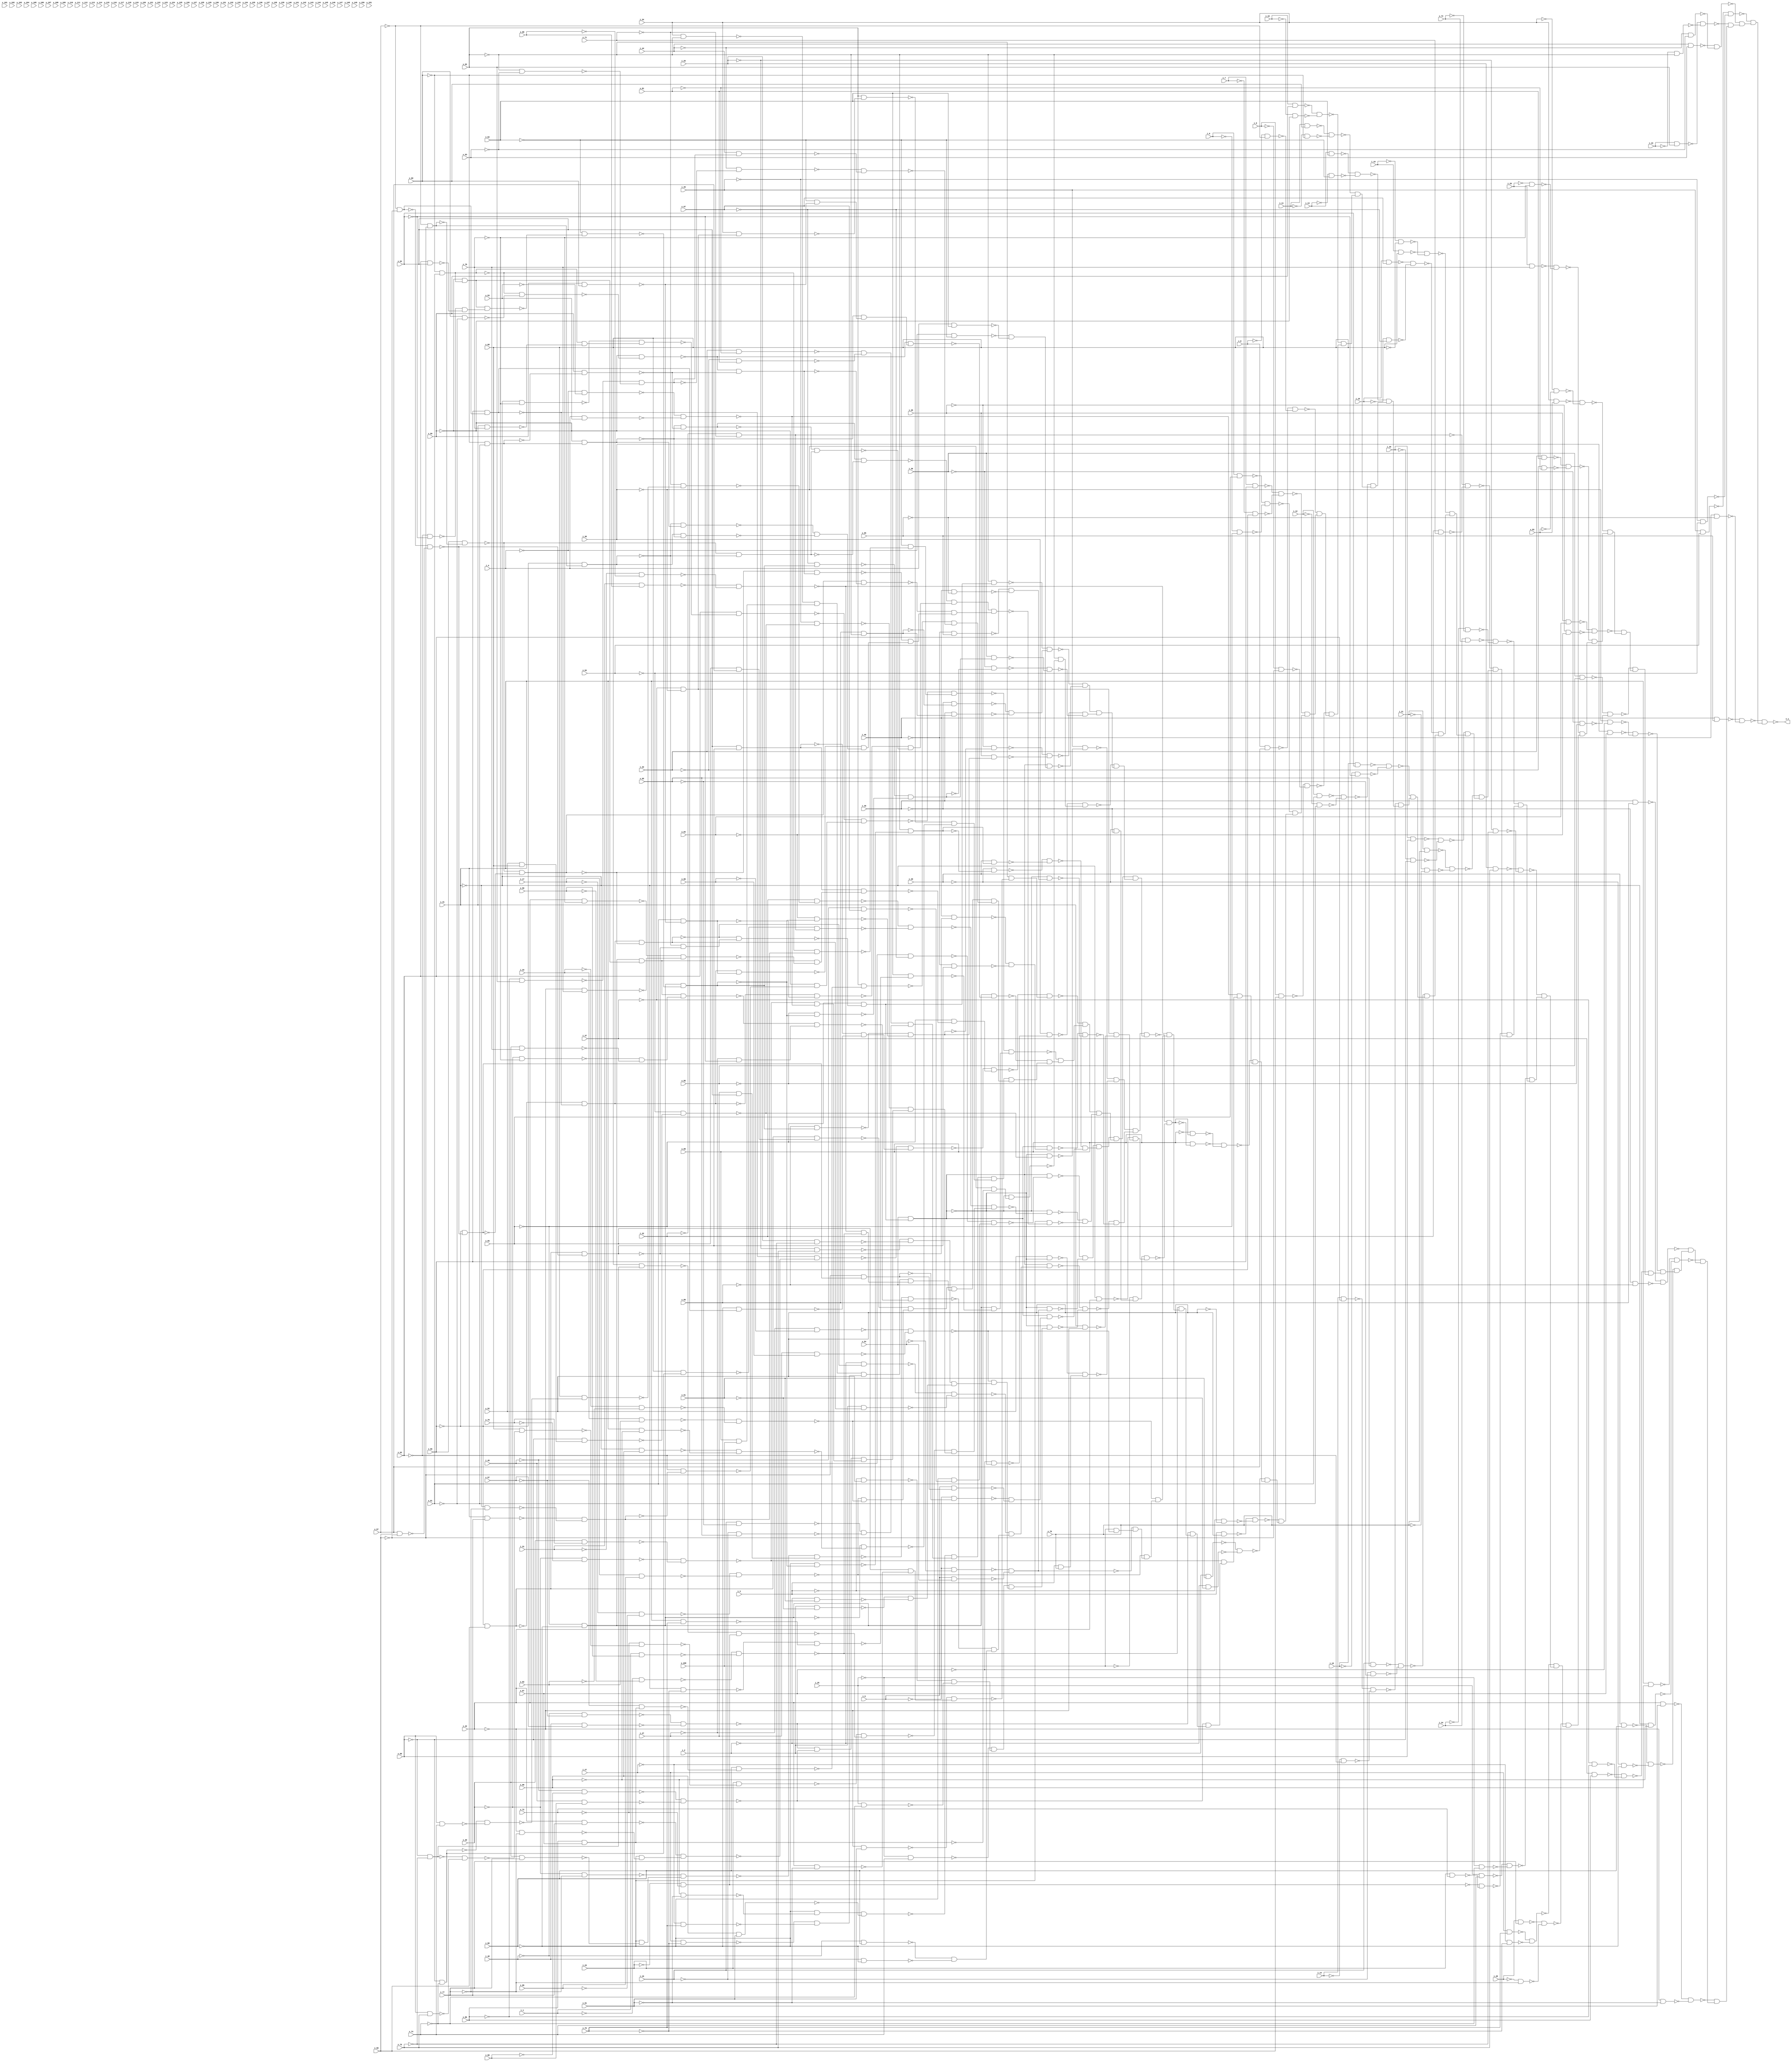
// Verilog file written by procedure writeCombinationalCircuitInVerilog
//Skolem functions to be generated for i_ variables
module kenoopp1_all_bit_differing_from_cycle ( i_1, i_2, i_3, i_4, i_5, i_6, i_7, i_8, i_9, i_10, i_11, i_12, i_13, i_14, i_15, i_16, i_17, i_18, i_19, i_20, i_21, i_22, i_23, i_24, i_25, i_26, i_27, i_28, i_29, i_30, i_31, i_32, i_33, i_34, i_35, i_36, i_37, i_38, i_39, i_40, i_41, i_42, i_43, i_44, i_45, i_46, i_47, i_48, i_49, x_50, x_51, x_52, x_53, x_54, x_55, x_56, x_57, x_58, x_59, x_60, x_61, x_62, x_63, x_64, x_65, x_66, x_67, x_68, x_69, x_70, x_71, x_72, x_73, x_74, x_75, x_76, x_77, x_78, x_79, x_80, x_81, x_82, x_83, x_84, x_85, x_86, x_87, x_88, x_89, x_90, x_91, x_92, x_93, x_94, x_95, x_96, x_97, x_98, x_99, x_100, x_101, x_102, x_103, x_104, x_105, x_106, x_107, x_108, x_109, x_110, x_111, x_112, x_113, x_114, x_115, x_116, x_117, x_118, x_119, x_120, x_121, x_122, x_123, x_124, x_125, x_126, x_127, x_128, x_129, x_130, x_131, x_132, x_133, x_134, x_135, x_136, x_137, x_138, x_139, x_140, x_141, x_142, x_143, x_144, x_145, x_146, x_147, x_148, x_149, x_150, x_151, o_1 );
input i_1;
input i_2;
input i_3;
input i_4;
input i_5;
input i_6;
input i_7;
input i_8;
input i_9;
input i_10;
input i_11;
input i_12;
input i_13;
input i_14;
input i_15;
input i_16;
input i_17;
input i_18;
input i_19;
input i_20;
input i_21;
input i_22;
input i_23;
input i_24;
input i_25;
input i_26;
input i_27;
input i_28;
input i_29;
input i_30;
input i_31;
input i_32;
input i_33;
input i_34;
input i_35;
input i_36;
input i_37;
input i_38;
input i_39;
input i_40;
input i_41;
input i_42;
input i_43;
input i_44;
input i_45;
input i_46;
input i_47;
input i_48;
input i_49;
input x_50;
input x_51;
input x_52;
input x_53;
input x_54;
input x_55;
input x_56;
input x_57;
input x_58;
input x_59;
input x_60;
input x_61;
input x_62;
input x_63;
input x_64;
input x_65;
input x_66;
input x_67;
input x_68;
input x_69;
input x_70;
input x_71;
input x_72;
input x_73;
input x_74;
input x_75;
input x_76;
input x_77;
input x_78;
input x_79;
input x_80;
input x_81;
input x_82;
input x_83;
input x_84;
input x_85;
input x_86;
input x_87;
input x_88;
input x_89;
input x_90;
input x_91;
input x_92;
input x_93;
input x_94;
input x_95;
input x_96;
input x_97;
input x_98;
input x_99;
input x_100;
input x_101;
input x_102;
input x_103;
input x_104;
input x_105;
input x_106;
input x_107;
input x_108;
input x_109;
input x_110;
input x_111;
input x_112;
input x_113;
input x_114;
input x_115;
input x_116;
input x_117;
input x_118;
input x_119;
input x_120;
input x_121;
input x_122;
input x_123;
input x_124;
input x_125;
input x_126;
input x_127;
input x_128;
input x_129;
input x_130;
input x_131;
input x_132;
input x_133;
input x_134;
input x_135;
input x_136;
input x_137;
input x_138;
input x_139;
input x_140;
input x_141;
input x_142;
input x_143;
input x_144;
input x_145;
input x_146;
input x_147;
input x_148;
input x_149;
input x_150;
input x_151;
output o_1;
wire n_1;
wire n_2;
wire n_3;
wire n_4;
wire n_5;
wire n_6;
wire n_7;
wire n_8;
wire n_9;
wire n_10;
wire n_11;
wire n_12;
wire n_13;
wire n_14;
wire n_15;
wire n_16;
wire n_17;
wire n_18;
wire n_19;
wire n_20;
wire n_21;
wire n_22;
wire n_23;
wire n_24;
wire n_25;
wire n_26;
wire n_27;
wire n_28;
wire n_29;
wire n_30;
wire n_31;
wire n_32;
wire n_33;
wire n_34;
wire n_35;
wire n_36;
wire n_37;
wire n_38;
wire n_39;
wire n_40;
wire n_41;
wire n_42;
wire n_43;
wire n_44;
wire n_45;
wire n_46;
wire n_47;
wire n_48;
wire n_49;
wire n_50;
wire n_51;
wire n_52;
wire n_53;
wire n_54;
wire n_55;
wire n_56;
wire n_57;
wire n_58;
wire n_59;
wire n_60;
wire n_61;
wire n_62;
wire n_63;
wire n_64;
wire n_65;
wire n_66;
wire n_67;
wire n_68;
wire n_69;
wire n_70;
wire n_71;
wire n_72;
wire n_73;
wire n_74;
wire n_75;
wire n_76;
wire n_77;
wire n_78;
wire n_79;
wire n_80;
wire n_81;
wire n_82;
wire n_83;
wire n_84;
wire n_85;
wire n_86;
wire n_87;
wire n_88;
wire n_89;
wire n_90;
wire n_91;
wire n_92;
wire n_93;
wire n_94;
wire n_95;
wire n_96;
wire n_97;
wire n_98;
wire n_99;
wire n_100;
wire n_101;
wire n_102;
wire n_103;
wire n_104;
wire n_105;
wire n_106;
wire n_107;
wire n_108;
wire n_109;
wire n_110;
wire n_111;
wire n_112;
wire n_113;
wire n_114;
wire n_115;
wire n_116;
wire n_117;
wire n_118;
wire n_119;
wire n_120;
wire n_121;
wire n_122;
wire n_123;
wire n_124;
wire n_125;
wire n_126;
wire n_127;
wire n_128;
wire n_129;
wire n_130;
wire n_131;
wire n_132;
wire n_133;
wire n_134;
wire n_135;
wire n_136;
wire n_137;
wire n_138;
wire n_139;
wire n_140;
wire n_141;
wire n_142;
wire n_143;
wire n_144;
wire n_145;
wire n_146;
wire n_147;
wire n_148;
wire n_149;
wire n_150;
wire n_151;
wire n_152;
wire n_153;
wire n_154;
wire n_155;
wire n_156;
wire n_157;
wire n_158;
wire n_159;
wire n_160;
wire n_161;
wire n_162;
wire n_163;
wire n_164;
wire n_165;
wire n_166;
wire n_167;
wire n_168;
wire n_169;
wire n_170;
wire n_171;
wire n_172;
wire n_173;
wire n_174;
wire n_175;
wire n_176;
wire n_177;
wire n_178;
wire n_179;
wire n_180;
wire n_181;
wire n_182;
wire n_183;
wire n_184;
wire n_185;
wire n_186;
wire n_187;
wire n_188;
wire n_189;
wire n_190;
wire n_191;
wire n_192;
wire n_193;
wire n_194;
wire n_195;
wire n_196;
wire n_197;
wire n_198;
wire n_199;
wire n_200;
wire n_201;
wire n_202;
wire n_203;
wire n_204;
wire n_205;
wire n_206;
wire n_207;
wire n_208;
wire n_209;
wire n_210;
wire n_211;
wire n_212;
wire n_213;
wire n_214;
wire n_215;
wire n_216;
wire n_217;
wire n_218;
wire n_219;
wire n_220;
wire n_221;
wire n_222;
wire n_223;
wire n_224;
wire n_225;
wire n_226;
wire n_227;
wire n_228;
wire n_229;
wire n_230;
wire n_231;
wire n_232;
wire n_233;
wire n_234;
wire n_235;
wire n_236;
wire n_237;
wire n_238;
wire n_239;
wire n_240;
wire n_241;
wire n_242;
wire n_243;
wire n_244;
wire n_245;
wire n_246;
wire n_247;
wire n_248;
wire n_249;
wire n_250;
wire n_251;
wire n_252;
wire n_253;
wire n_254;
wire n_255;
wire n_256;
wire n_257;
wire n_258;
wire n_259;
wire n_260;
wire n_261;
wire n_262;
wire n_263;
wire n_264;
wire n_265;
wire n_266;
wire n_267;
wire n_268;
wire n_269;
wire n_270;
wire n_271;
wire n_272;
wire n_273;
wire n_274;
wire n_275;
wire n_276;
wire n_277;
wire n_278;
wire n_279;
wire n_280;
wire n_281;
wire n_282;
wire n_283;
wire n_284;
wire n_285;
wire n_286;
wire n_287;
wire n_288;
wire n_289;
wire n_290;
wire n_291;
wire n_292;
wire n_293;
wire n_294;
wire n_295;
wire n_296;
wire n_297;
wire n_298;
wire n_299;
wire n_300;
wire n_301;
wire n_302;
wire n_303;
wire n_304;
wire n_305;
wire n_306;
wire n_307;
wire n_308;
wire n_309;
wire n_310;
wire n_311;
wire n_312;
wire n_313;
wire n_314;
wire n_315;
wire n_316;
wire n_317;
wire n_318;
wire n_319;
wire n_320;
wire n_321;
wire n_322;
wire n_323;
wire n_324;
wire n_325;
wire n_326;
wire n_327;
wire n_328;
wire n_329;
wire n_330;
wire n_331;
wire n_332;
wire n_333;
wire n_334;
wire n_335;
wire n_336;
wire n_337;
wire n_338;
wire n_339;
wire n_340;
wire n_341;
wire n_342;
wire n_343;
wire n_344;
wire n_345;
wire n_346;
wire n_347;
wire n_348;
wire n_349;
wire n_350;
wire n_351;
wire n_352;
wire n_353;
wire n_354;
wire n_355;
wire n_356;
wire n_357;
wire n_358;
wire n_359;
wire n_360;
wire n_361;
wire n_362;
wire n_363;
wire n_364;
wire n_365;
wire n_366;
wire n_367;
wire n_368;
wire n_369;
wire n_370;
wire n_371;
wire n_372;
wire n_373;
wire n_374;
wire n_375;
wire n_376;
wire n_377;
wire n_378;
wire n_379;
wire n_380;
wire n_381;
wire n_382;
wire n_383;
wire n_384;
wire n_385;
wire n_386;
wire n_387;
wire n_388;
wire n_389;
wire n_390;
wire n_391;
wire n_392;
wire n_393;
wire n_394;
wire n_395;
wire n_396;
wire n_397;
wire n_398;
wire n_399;
wire n_400;
wire n_401;
wire n_402;
wire n_403;
wire n_404;
wire n_405;
wire n_406;
wire n_407;
wire n_408;
wire n_409;
wire n_410;
wire n_411;
wire n_412;
wire n_413;
wire n_414;
wire n_415;
wire n_416;
wire n_417;
wire n_418;
wire n_419;
wire n_420;
wire n_421;
wire n_422;
wire n_423;
wire n_424;
wire n_425;
wire n_426;
wire n_427;
wire n_428;
wire n_429;
wire n_430;
wire n_431;
wire n_432;
wire n_433;
wire n_434;
wire n_435;
wire n_436;
wire n_437;
wire n_438;
wire n_439;
wire n_440;
wire n_441;
wire n_442;
wire n_443;
wire n_444;
wire n_445;
wire n_446;
wire n_447;
wire n_448;
wire n_449;
wire n_450;
wire n_451;
wire n_452;
wire n_453;
wire n_454;
wire n_455;
wire n_456;
wire n_457;
wire n_458;
wire n_459;
wire n_460;
wire n_461;
wire n_462;
wire n_463;
wire n_464;
wire n_465;
wire n_466;
wire n_467;
wire n_468;
wire n_469;
wire n_470;
wire n_471;
wire n_472;
wire n_473;
wire n_474;
wire n_475;
wire n_476;
wire n_477;
wire n_478;
wire n_479;
wire n_480;
wire n_481;
wire n_482;
wire n_483;
wire n_484;
wire n_485;
wire n_486;
wire n_487;
wire n_488;
wire n_489;
wire n_490;
wire n_491;
wire n_492;
wire n_493;
wire n_494;
wire n_495;
wire n_496;
wire n_497;
wire n_498;
wire n_499;
assign n_1 =  i_46 &  x_95;
assign n_2 = ~i_46 & ~x_95;
assign n_3 = ~n_1 & ~n_2;
assign n_4 =  i_45 &  x_94;
assign n_5 = ~i_45 & ~x_94;
assign n_6 = ~n_4 & ~n_5;
assign n_7 =  i_44 &  x_93;
assign n_8 = ~i_44 & ~x_93;
assign n_9 = ~n_7 & ~n_8;
assign n_10 =  i_43 &  x_92;
assign n_11 = ~i_43 & ~x_92;
assign n_12 = ~n_10 & ~n_11;
assign n_13 =  i_42 &  x_91;
assign n_14 = ~i_42 & ~x_91;
assign n_15 = ~n_13 & ~n_14;
assign n_16 =  i_41 &  x_90;
assign n_17 = ~i_41 & ~x_90;
assign n_18 = ~n_16 & ~n_17;
assign n_19 =  i_40 &  x_89;
assign n_20 = ~i_40 & ~x_89;
assign n_21 = ~n_19 & ~n_20;
assign n_22 =  i_39 &  x_88;
assign n_23 = ~i_39 & ~x_88;
assign n_24 = ~n_22 & ~n_23;
assign n_25 =  i_38 &  x_87;
assign n_26 = ~i_38 & ~x_87;
assign n_27 = ~n_25 & ~n_26;
assign n_28 =  i_37 &  x_86;
assign n_29 = ~i_37 & ~x_86;
assign n_30 = ~n_28 & ~n_29;
assign n_31 =  i_36 &  x_85;
assign n_32 = ~i_36 & ~x_85;
assign n_33 = ~n_31 & ~n_32;
assign n_34 =  i_35 &  x_84;
assign n_35 = ~i_35 & ~x_84;
assign n_36 = ~n_34 & ~n_35;
assign n_37 =  i_34 &  x_83;
assign n_38 = ~i_34 & ~x_83;
assign n_39 = ~n_37 & ~n_38;
assign n_40 =  i_32 &  x_81;
assign n_41 = ~i_32 & ~x_81;
assign n_42 = ~n_40 & ~n_41;
assign n_43 =  i_29 &  x_78;
assign n_44 = ~i_29 & ~x_78;
assign n_45 = ~n_43 & ~n_44;
assign n_46 =  i_28 &  x_77;
assign n_47 = ~i_28 & ~x_77;
assign n_48 = ~n_46 & ~n_47;
assign n_49 =  i_27 &  x_76;
assign n_50 = ~i_27 & ~x_76;
assign n_51 = ~n_49 & ~n_50;
assign n_52 =  i_26 &  x_75;
assign n_53 = ~i_26 & ~x_75;
assign n_54 = ~n_52 & ~n_53;
assign n_55 =  i_25 &  x_74;
assign n_56 = ~i_25 & ~x_74;
assign n_57 = ~n_55 & ~n_56;
assign n_58 =  i_24 &  x_73;
assign n_59 = ~i_24 & ~x_73;
assign n_60 = ~n_58 & ~n_59;
assign n_61 = ~i_23 & ~x_72;
assign n_62 =  i_23 &  x_72;
assign n_63 = ~n_61 & ~n_62;
assign n_64 = ~i_22 & ~x_71;
assign n_65 =  i_22 &  x_71;
assign n_66 = ~n_64 & ~n_65;
assign n_67 =  i_21 &  x_70;
assign n_68 = ~i_21 & ~x_70;
assign n_69 = ~n_67 & ~n_68;
assign n_70 =  i_20 &  x_69;
assign n_71 = ~i_20 & ~x_69;
assign n_72 = ~n_70 & ~n_71;
assign n_73 =  i_19 &  x_68;
assign n_74 = ~i_19 & ~x_68;
assign n_75 = ~n_73 & ~n_74;
assign n_76 =  i_18 &  x_67;
assign n_77 = ~i_18 & ~x_67;
assign n_78 = ~n_76 & ~n_77;
assign n_79 =  i_16 &  x_65;
assign n_80 = ~i_16 & ~x_65;
assign n_81 = ~n_79 & ~n_80;
assign n_82 =  i_15 &  x_64;
assign n_83 = ~i_15 & ~x_64;
assign n_84 = ~n_82 & ~n_83;
assign n_85 =  i_14 &  x_63;
assign n_86 = ~i_14 & ~x_63;
assign n_87 = ~n_85 & ~n_86;
assign n_88 =  i_13 &  x_62;
assign n_89 = ~i_13 & ~x_62;
assign n_90 = ~n_88 & ~n_89;
assign n_91 =  i_12 &  x_61;
assign n_92 = ~i_12 & ~x_61;
assign n_93 = ~n_91 & ~n_92;
assign n_94 =  i_11 &  x_60;
assign n_95 = ~i_11 & ~x_60;
assign n_96 = ~n_94 & ~n_95;
assign n_97 =  i_10 &  x_59;
assign n_98 = ~i_10 & ~x_59;
assign n_99 = ~n_97 & ~n_98;
assign n_100 =  i_9 &  x_58;
assign n_101 = ~i_9 & ~x_58;
assign n_102 = ~n_100 & ~n_101;
assign n_103 =  i_8 &  x_57;
assign n_104 = ~i_8 & ~x_57;
assign n_105 = ~n_103 & ~n_104;
assign n_106 =  i_7 &  x_56;
assign n_107 = ~i_7 & ~x_56;
assign n_108 = ~n_106 & ~n_107;
assign n_109 =  i_6 &  x_55;
assign n_110 = ~i_6 & ~x_55;
assign n_111 = ~n_109 & ~n_110;
assign n_112 =  i_3 &  x_52;
assign n_113 = ~i_3 & ~x_52;
assign n_114 = ~n_112 & ~n_113;
assign n_115 =  i_2 &  x_51;
assign n_116 = ~i_2 & ~x_51;
assign n_117 = ~n_115 & ~n_116;
assign n_118 = ~x_56 &  x_58;
assign n_119 = ~x_57 &  x_58;
assign n_120 =  x_56 &  n_119;
assign n_121 = ~n_118 & ~n_120;
assign n_122 = ~x_57 & ~x_58;
assign n_123 =  x_56 & ~n_122;
assign n_124 =  x_57 & ~x_58;
assign n_125 = ~n_119 & ~n_124;
assign n_126 = ~x_56 & ~n_125;
assign n_127 = ~n_123 & ~n_126;
assign n_128 =  n_121 & ~n_127;
assign n_129 = ~x_56 &  n_122;
assign n_130 =  n_118 & ~n_125;
assign n_131 = ~n_129 & ~n_130;
assign n_132 = ~n_128 &  n_131;
assign n_133 = ~x_55 & ~n_132;
assign n_134 = ~x_89 &  n_133;
assign n_135 =  x_52 &  x_68;
assign n_136 = ~x_69 &  n_135;
assign n_137 = ~x_94 & ~n_136;
assign n_138 = ~n_134 & ~n_137;
assign n_139 =  i_45 & ~n_138;
assign n_140 =  x_52 & ~n_134;
assign n_141 =  i_3 &  x_70;
assign n_142 = ~n_140 &  n_141;
assign n_143 = ~n_139 & ~n_142;
assign n_144 = ~i_2 & ~n_128;
assign n_145 =  i_2 &  n_128;
assign n_146 = ~n_144 & ~n_145;
assign n_147 = ~i_30 & ~x_77;
assign n_148 =  i_30 &  x_77;
assign n_149 = ~x_88 & ~n_148;
assign n_150 = ~n_147 &  n_149;
assign n_151 =  i_47 &  x_64;
assign n_152 = ~n_150 &  n_151;
assign n_153 = ~x_55 & ~x_88;
assign n_154 = ~x_60 &  x_61;
assign n_155 = ~x_59 &  n_154;
assign n_156 =  n_153 &  n_155;
assign n_157 = ~i_30 & ~x_78;
assign n_158 =  i_30 &  x_78;
assign n_159 = ~n_157 & ~n_158;
assign n_160 =  n_156 &  n_159;
assign n_161 = ~i_47 & ~x_64;
assign n_162 = ~n_160 &  n_161;
assign n_163 = ~n_152 & ~n_162;
assign n_164 = ~i_48 &  x_88;
assign n_165 =  i_48 & ~x_88;
assign n_166 = ~n_164 & ~n_165;
assign n_167 = ~n_163 &  n_166;
assign n_168 = ~n_146 &  n_167;
assign n_169 =  n_134 &  n_168;
assign n_170 = ~i_25 &  x_74;
assign n_171 = ~i_3 &  x_52;
assign n_172 =  i_25 & ~x_74;
assign n_173 = ~n_171 & ~n_172;
assign n_174 = ~n_170 &  n_173;
assign n_175 = ~i_47 & ~x_96;
assign n_176 =  i_47 &  x_96;
assign n_177 = ~n_175 & ~n_176;
assign n_178 = ~i_26 &  x_75;
assign n_179 =  i_26 & ~x_75;
assign n_180 = ~n_178 & ~n_179;
assign n_181 =  i_2 & ~x_51;
assign n_182 = ~i_2 &  x_51;
assign n_183 = ~n_181 & ~n_182;
assign n_184 =  n_180 &  n_183;
assign n_185 = ~n_177 &  n_184;
assign n_186 =  n_174 &  n_185;
assign n_187 = ~n_134 &  n_186;
assign n_188 = ~n_169 & ~n_187;
assign n_189 =  i_46 & ~n_130;
assign n_190 = ~i_46 &  n_130;
assign n_191 = ~n_189 & ~n_190;
assign n_192 =  n_134 &  n_191;
assign n_193 = ~i_46 &  x_95;
assign n_194 =  i_46 & ~x_95;
assign n_195 = ~n_193 & ~n_194;
assign n_196 = ~n_134 &  n_195;
assign n_197 = ~n_192 & ~n_196;
assign n_198 = ~n_188 & ~n_197;
assign n_199 =  n_143 &  n_198;
assign n_200 =  i_49 & ~x_67;
assign n_201 = ~i_49 &  x_67;
assign n_202 = ~x_88 & ~n_201;
assign n_203 = ~n_200 &  n_202;
assign n_204 =  n_134 & ~n_203;
assign n_205 = ~i_5 & ~x_54;
assign n_206 =  i_5 &  x_54;
assign n_207 = ~n_205 & ~n_206;
assign n_208 = ~n_134 &  n_207;
assign n_209 = ~n_204 & ~n_208;
assign n_210 = ~x_63 & ~x_64;
assign n_211 =  x_63 &  x_64;
assign n_212 = ~n_210 & ~n_211;
assign n_213 =  n_155 &  n_212;
assign n_214 = ~x_62 & ~n_213;
assign n_215 =  n_153 & ~n_214;
assign n_216 = ~x_88 & ~n_215;
assign n_217 = ~x_92 & ~n_216;
assign n_218 = ~i_39 & ~n_217;
assign n_219 =  i_39 &  n_217;
assign n_220 = ~n_218 & ~n_219;
assign n_221 = ~x_58 &  n_126;
assign n_222 = ~i_5 & ~n_221;
assign n_223 =  i_5 &  n_221;
assign n_224 = ~n_222 & ~n_223;
assign n_225 =  n_134 &  n_224;
assign n_226 = ~n_220 & ~n_225;
assign n_227 =  n_209 &  n_226;
assign n_228 =  i_42 &  x_77;
assign n_229 = ~i_42 & ~x_77;
assign n_230 = ~x_88 & ~n_229;
assign n_231 = ~n_228 &  n_230;
assign n_232 = ~n_120 & ~n_231;
assign n_233 =  x_64 &  n_130;
assign n_234 = ~x_88 &  n_120;
assign n_235 = ~n_233 & ~n_234;
assign n_236 = ~n_232 &  n_235;
assign n_237 =  i_42 & ~x_78;
assign n_238 = ~i_42 &  x_78;
assign n_239 = ~n_237 & ~n_238;
assign n_240 =  n_156 & ~n_239;
assign n_241 =  n_233 &  n_240;
assign n_242 = ~x_55 & ~n_241;
assign n_243 = ~n_236 &  n_242;
assign n_244 = ~i_42 &  x_91;
assign n_245 =  i_42 & ~x_91;
assign n_246 =  x_55 & ~n_245;
assign n_247 = ~n_244 &  n_246;
assign n_248 = ~x_92 & ~n_247;
assign n_249 = ~n_243 &  n_248;
assign n_250 = ~i_41 & ~x_78;
assign n_251 =  i_41 &  x_78;
assign n_252 =  n_154 & ~n_251;
assign n_253 = ~n_250 &  n_252;
assign n_254 =  x_63 & ~n_253;
assign n_255 =  i_41 &  x_77;
assign n_256 = ~i_41 & ~x_77;
assign n_257 = ~n_255 & ~n_256;
assign n_258 = ~x_63 & ~n_257;
assign n_259 = ~x_59 & ~n_258;
assign n_260 = ~n_254 &  n_259;
assign n_261 = ~n_154 &  n_257;
assign n_262 = ~x_62 & ~n_261;
assign n_263 = ~n_260 &  n_262;
assign n_264 = ~i_41 & ~x_76;
assign n_265 =  i_41 &  x_76;
assign n_266 = ~n_264 & ~n_265;
assign n_267 =  x_62 & ~n_266;
assign n_268 =  n_153 & ~n_267;
assign n_269 = ~n_263 &  n_268;
assign n_270 =  x_60 & ~x_61;
assign n_271 = ~n_154 & ~n_270;
assign n_272 = ~x_59 & ~n_271;
assign n_273 = ~x_60 & ~x_61;
assign n_274 = ~x_59 &  n_273;
assign n_275 =  x_59 &  x_60;
assign n_276 = ~x_62 & ~n_275;
assign n_277 = ~n_274 &  n_276;
assign n_278 = ~n_272 &  n_277;
assign n_279 =  n_153 & ~n_278;
assign n_280 = ~x_90 & ~x_91;
assign n_281 = ~x_88 & ~n_280;
assign n_282 =  x_90 &  x_91;
assign n_283 =  n_281 & ~n_282;
assign n_284 =  i_32 & ~x_81;
assign n_285 = ~i_32 &  x_81;
assign n_286 = ~n_284 & ~n_285;
assign n_287 =  i_16 & ~x_65;
assign n_288 = ~i_16 &  x_65;
assign n_289 = ~n_287 & ~n_288;
assign n_290 =  n_286 &  n_289;
assign n_291 = ~n_283 &  n_290;
assign n_292 = ~i_37 & ~i_38;
assign n_293 =  i_34 &  n_292;
assign n_294 =  x_92 & ~n_293;
assign n_295 = ~i_41 &  x_90;
assign n_296 =  i_41 & ~x_90;
assign n_297 = ~n_295 & ~n_296;
assign n_298 = ~n_153 & ~n_297;
assign n_299 = ~n_294 & ~n_298;
assign n_300 =  n_291 &  n_299;
assign n_301 =  x_55 &  x_57;
assign n_302 =  n_118 &  n_301;
assign n_303 = ~i_17 & ~x_66;
assign n_304 =  i_17 &  x_66;
assign n_305 = ~n_303 & ~n_304;
assign n_306 =  i_33 &  x_82;
assign n_307 = ~i_33 & ~x_82;
assign n_308 = ~n_306 & ~n_307;
assign n_309 = ~n_305 & ~n_308;
assign n_310 = ~n_302 &  n_309;
assign n_311 =  i_34 & ~x_92;
assign n_312 =  x_99 &  x_100;
assign n_313 = ~n_311 &  n_312;
assign n_314 =  i_27 & ~x_76;
assign n_315 = ~i_27 &  x_76;
assign n_316 = ~n_314 & ~n_315;
assign n_317 =  n_313 &  n_316;
assign n_318 =  i_31 &  x_80;
assign n_319 = ~i_31 & ~x_80;
assign n_320 = ~n_318 & ~n_319;
assign n_321 = ~i_1 & ~x_50;
assign n_322 =  i_1 &  x_50;
assign n_323 = ~n_321 & ~n_322;
assign n_324 = ~n_320 & ~n_323;
assign n_325 =  n_317 &  n_324;
assign n_326 =  n_310 &  n_325;
assign n_327 =  x_86 &  x_87;
assign n_328 = ~x_97 &  n_327;
assign n_329 =  x_88 & ~n_328;
assign n_330 =  x_92 & ~n_329;
assign n_331 = ~x_86 &  x_92;
assign n_332 = ~x_92 & ~x_93;
assign n_333 = ~n_331 & ~n_332;
assign n_334 = ~i_44 & ~n_333;
assign n_335 =  i_44 &  n_333;
assign n_336 = ~n_334 & ~n_335;
assign n_337 = ~n_330 & ~n_336;
assign n_338 =  n_326 &  n_337;
assign n_339 =  n_300 &  n_338;
assign n_340 = ~n_279 &  n_339;
assign n_341 = ~n_269 &  n_340;
assign n_342 = ~n_249 &  n_341;
assign n_343 = ~x_69 & ~x_74;
assign n_344 =  x_69 &  x_74;
assign n_345 = ~n_343 & ~n_344;
assign n_346 =  x_68 & ~n_345;
assign n_347 = ~x_71 & ~n_346;
assign n_348 =  i_22 & ~n_347;
assign n_349 =  x_68 &  n_343;
assign n_350 = ~n_349 &  n_64;
assign n_351 = ~n_348 & ~n_350;
assign n_352 = ~x_69 & ~x_75;
assign n_353 =  x_69 &  x_75;
assign n_354 = ~n_352 & ~n_353;
assign n_355 =  x_68 & ~n_354;
assign n_356 = ~x_72 & ~n_355;
assign n_357 =  i_23 & ~n_356;
assign n_358 =  x_68 &  n_352;
assign n_359 = ~n_358 &  n_61;
assign n_360 = ~n_357 & ~n_359;
assign n_361 = ~i_45 & ~n_137;
assign n_362 = ~i_48 & ~x_97;
assign n_363 =  i_48 &  x_97;
assign n_364 = ~n_362 & ~n_363;
assign n_365 = ~i_49 & ~x_98;
assign n_366 =  i_49 &  x_98;
assign n_367 = ~n_365 & ~n_366;
assign n_368 = ~n_364 & ~n_367;
assign n_369 = ~i_30 & ~x_79;
assign n_370 =  i_30 &  x_79;
assign n_371 = ~n_369 & ~n_370;
assign n_372 = ~i_4 & ~x_53;
assign n_373 =  i_4 &  x_53;
assign n_374 = ~n_372 & ~n_373;
assign n_375 = ~n_371 & ~n_374;
assign n_376 =  n_368 &  n_375;
assign n_377 = ~n_361 &  n_376;
assign n_378 = ~n_360 &  n_377;
assign n_379 = ~n_351 &  n_378;
assign n_380 = ~n_134 & ~n_379;
assign n_381 =  x_59 & ~n_273;
assign n_382 = ~n_274 & ~n_381;
assign n_383 = ~n_123 & ~n_129;
assign n_384 =  n_382 & ~n_383;
assign n_385 =  x_61 & ~n_275;
assign n_386 = ~n_121 & ~n_385;
assign n_387 = ~n_382 &  n_383;
assign n_388 = ~n_386 & ~n_387;
assign n_389 = ~n_384 &  n_388;
assign n_390 = ~n_272 & ~n_381;
assign n_391 =  n_127 & ~n_390;
assign n_392 = ~n_127 &  n_390;
assign n_393 =  n_121 &  n_385;
assign n_394 = ~n_129 &  n_274;
assign n_395 =  n_129 & ~n_274;
assign n_396 = ~n_394 & ~n_395;
assign n_397 = ~n_393 &  n_396;
assign n_398 = ~n_392 &  n_397;
assign n_399 = ~n_391 &  n_398;
assign n_400 =  n_389 &  n_399;
assign n_401 = ~x_88 & ~n_400;
assign n_402 = ~n_380 & ~n_401;
assign n_403 =  n_342 &  n_402;
assign n_404 =  n_227 &  n_403;
assign n_405 = ~x_87 & ~n_134;
assign n_406 =  i_38 & ~n_405;
assign n_407 = ~i_38 & ~n_327;
assign n_408 = ~n_134 &  n_407;
assign n_409 = ~x_92 & ~n_408;
assign n_410 = ~n_406 &  n_409;
assign n_411 = ~x_92 &  n_133;
assign n_412 =  x_89 & ~x_92;
assign n_413 = ~i_40 & ~n_412;
assign n_414 =  i_40 &  n_412;
assign n_415 = ~n_413 & ~n_414;
assign n_416 = ~n_411 &  n_415;
assign n_417 = ~i_4 & ~x_62;
assign n_418 =  i_4 &  x_62;
assign n_419 = ~n_417 & ~n_418;
assign n_420 =  n_134 &  n_419;
assign n_421 = ~n_416 & ~n_420;
assign n_422 = ~x_89 &  n_215;
assign n_423 = ~x_84 & ~n_215;
assign n_424 = ~n_422 & ~n_423;
assign n_425 = ~i_35 & ~n_424;
assign n_426 =  i_35 &  n_424;
assign n_427 = ~n_425 & ~n_426;
assign n_428 = ~x_67 &  n_215;
assign n_429 = ~x_85 & ~n_215;
assign n_430 = ~n_428 & ~n_429;
assign n_431 = ~i_36 & ~n_430;
assign n_432 =  i_36 &  n_430;
assign n_433 = ~n_431 & ~n_432;
assign n_434 = ~n_427 & ~n_433;
assign n_435 =  n_421 &  n_434;
assign n_436 = ~n_410 &  n_435;
assign n_437 =  n_404 &  n_436;
assign n_438 =  n_199 &  n_437;
assign n_439 = ~i_39 & ~i_40;
assign n_440 = ~x_100 &  n_439;
assign n_441 = ~i_41 &  i_42;
assign n_442 =  i_41 & ~i_42;
assign n_443 =  n_292 & ~n_442;
assign n_444 = ~n_441 &  n_443;
assign n_445 =  n_440 &  n_444;
assign n_446 = ~n_438 & ~n_445;
assign n_447 =  x_99 & ~n_446;
assign n_448 = ~x_99 &  n_446;
assign n_449 = ~n_447 & ~n_448;
assign n_450 =  x_100 & ~n_177;
assign n_451 = ~n_207 &  n_450;
assign n_452 = ~n_305 &  n_451;
assign n_453 = ~n_308 &  n_452;
assign n_454 = ~n_320 &  n_453;
assign n_455 = ~n_323 &  n_454;
assign n_456 = ~n_364 &  n_455;
assign n_457 = ~n_367 &  n_456;
assign n_458 = ~n_371 &  n_457;
assign n_459 = ~n_374 &  n_458;
assign n_460 = ~n_449 &  n_459;
assign n_461 = ~n_117 &  n_460;
assign n_462 = ~n_114 &  n_461;
assign n_463 = ~n_111 &  n_462;
assign n_464 = ~n_108 &  n_463;
assign n_465 = ~n_105 &  n_464;
assign n_466 = ~n_102 &  n_465;
assign n_467 = ~n_99 &  n_466;
assign n_468 = ~n_96 &  n_467;
assign n_469 = ~n_93 &  n_468;
assign n_470 = ~n_90 &  n_469;
assign n_471 = ~n_87 &  n_470;
assign n_472 = ~n_84 &  n_471;
assign n_473 = ~n_81 &  n_472;
assign n_474 = ~n_78 &  n_473;
assign n_475 = ~n_75 &  n_474;
assign n_476 = ~n_72 &  n_475;
assign n_477 = ~n_69 &  n_476;
assign n_478 = ~n_66 &  n_477;
assign n_479 = ~n_63 &  n_478;
assign n_480 = ~n_60 &  n_479;
assign n_481 = ~n_57 &  n_480;
assign n_482 = ~n_54 &  n_481;
assign n_483 = ~n_51 &  n_482;
assign n_484 = ~n_48 &  n_483;
assign n_485 = ~n_45 &  n_484;
assign n_486 = ~n_42 &  n_485;
assign n_487 = ~n_39 &  n_486;
assign n_488 = ~n_36 &  n_487;
assign n_489 = ~n_33 &  n_488;
assign n_490 = ~n_30 &  n_489;
assign n_491 = ~n_27 &  n_490;
assign n_492 = ~n_24 &  n_491;
assign n_493 = ~n_21 &  n_492;
assign n_494 = ~n_18 &  n_493;
assign n_495 = ~n_15 &  n_494;
assign n_496 = ~n_12 &  n_495;
assign n_497 = ~n_9 &  n_496;
assign n_498 = ~n_6 &  n_497;
assign n_499 = ~n_3 &  n_498;
assign o_1 = ~n_499;
endmodule